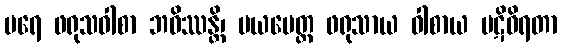
ပရေ ဖရုသဝါစာ ဘဝိဿန္တိ၊ မယမေတ္တ ဖရုသာယ ဝါစာယ ပဋိဝိရတာ